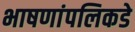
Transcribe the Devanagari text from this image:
भाषणांपलिकडे